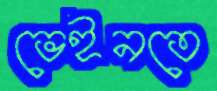
ভেইনতে